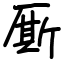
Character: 厮